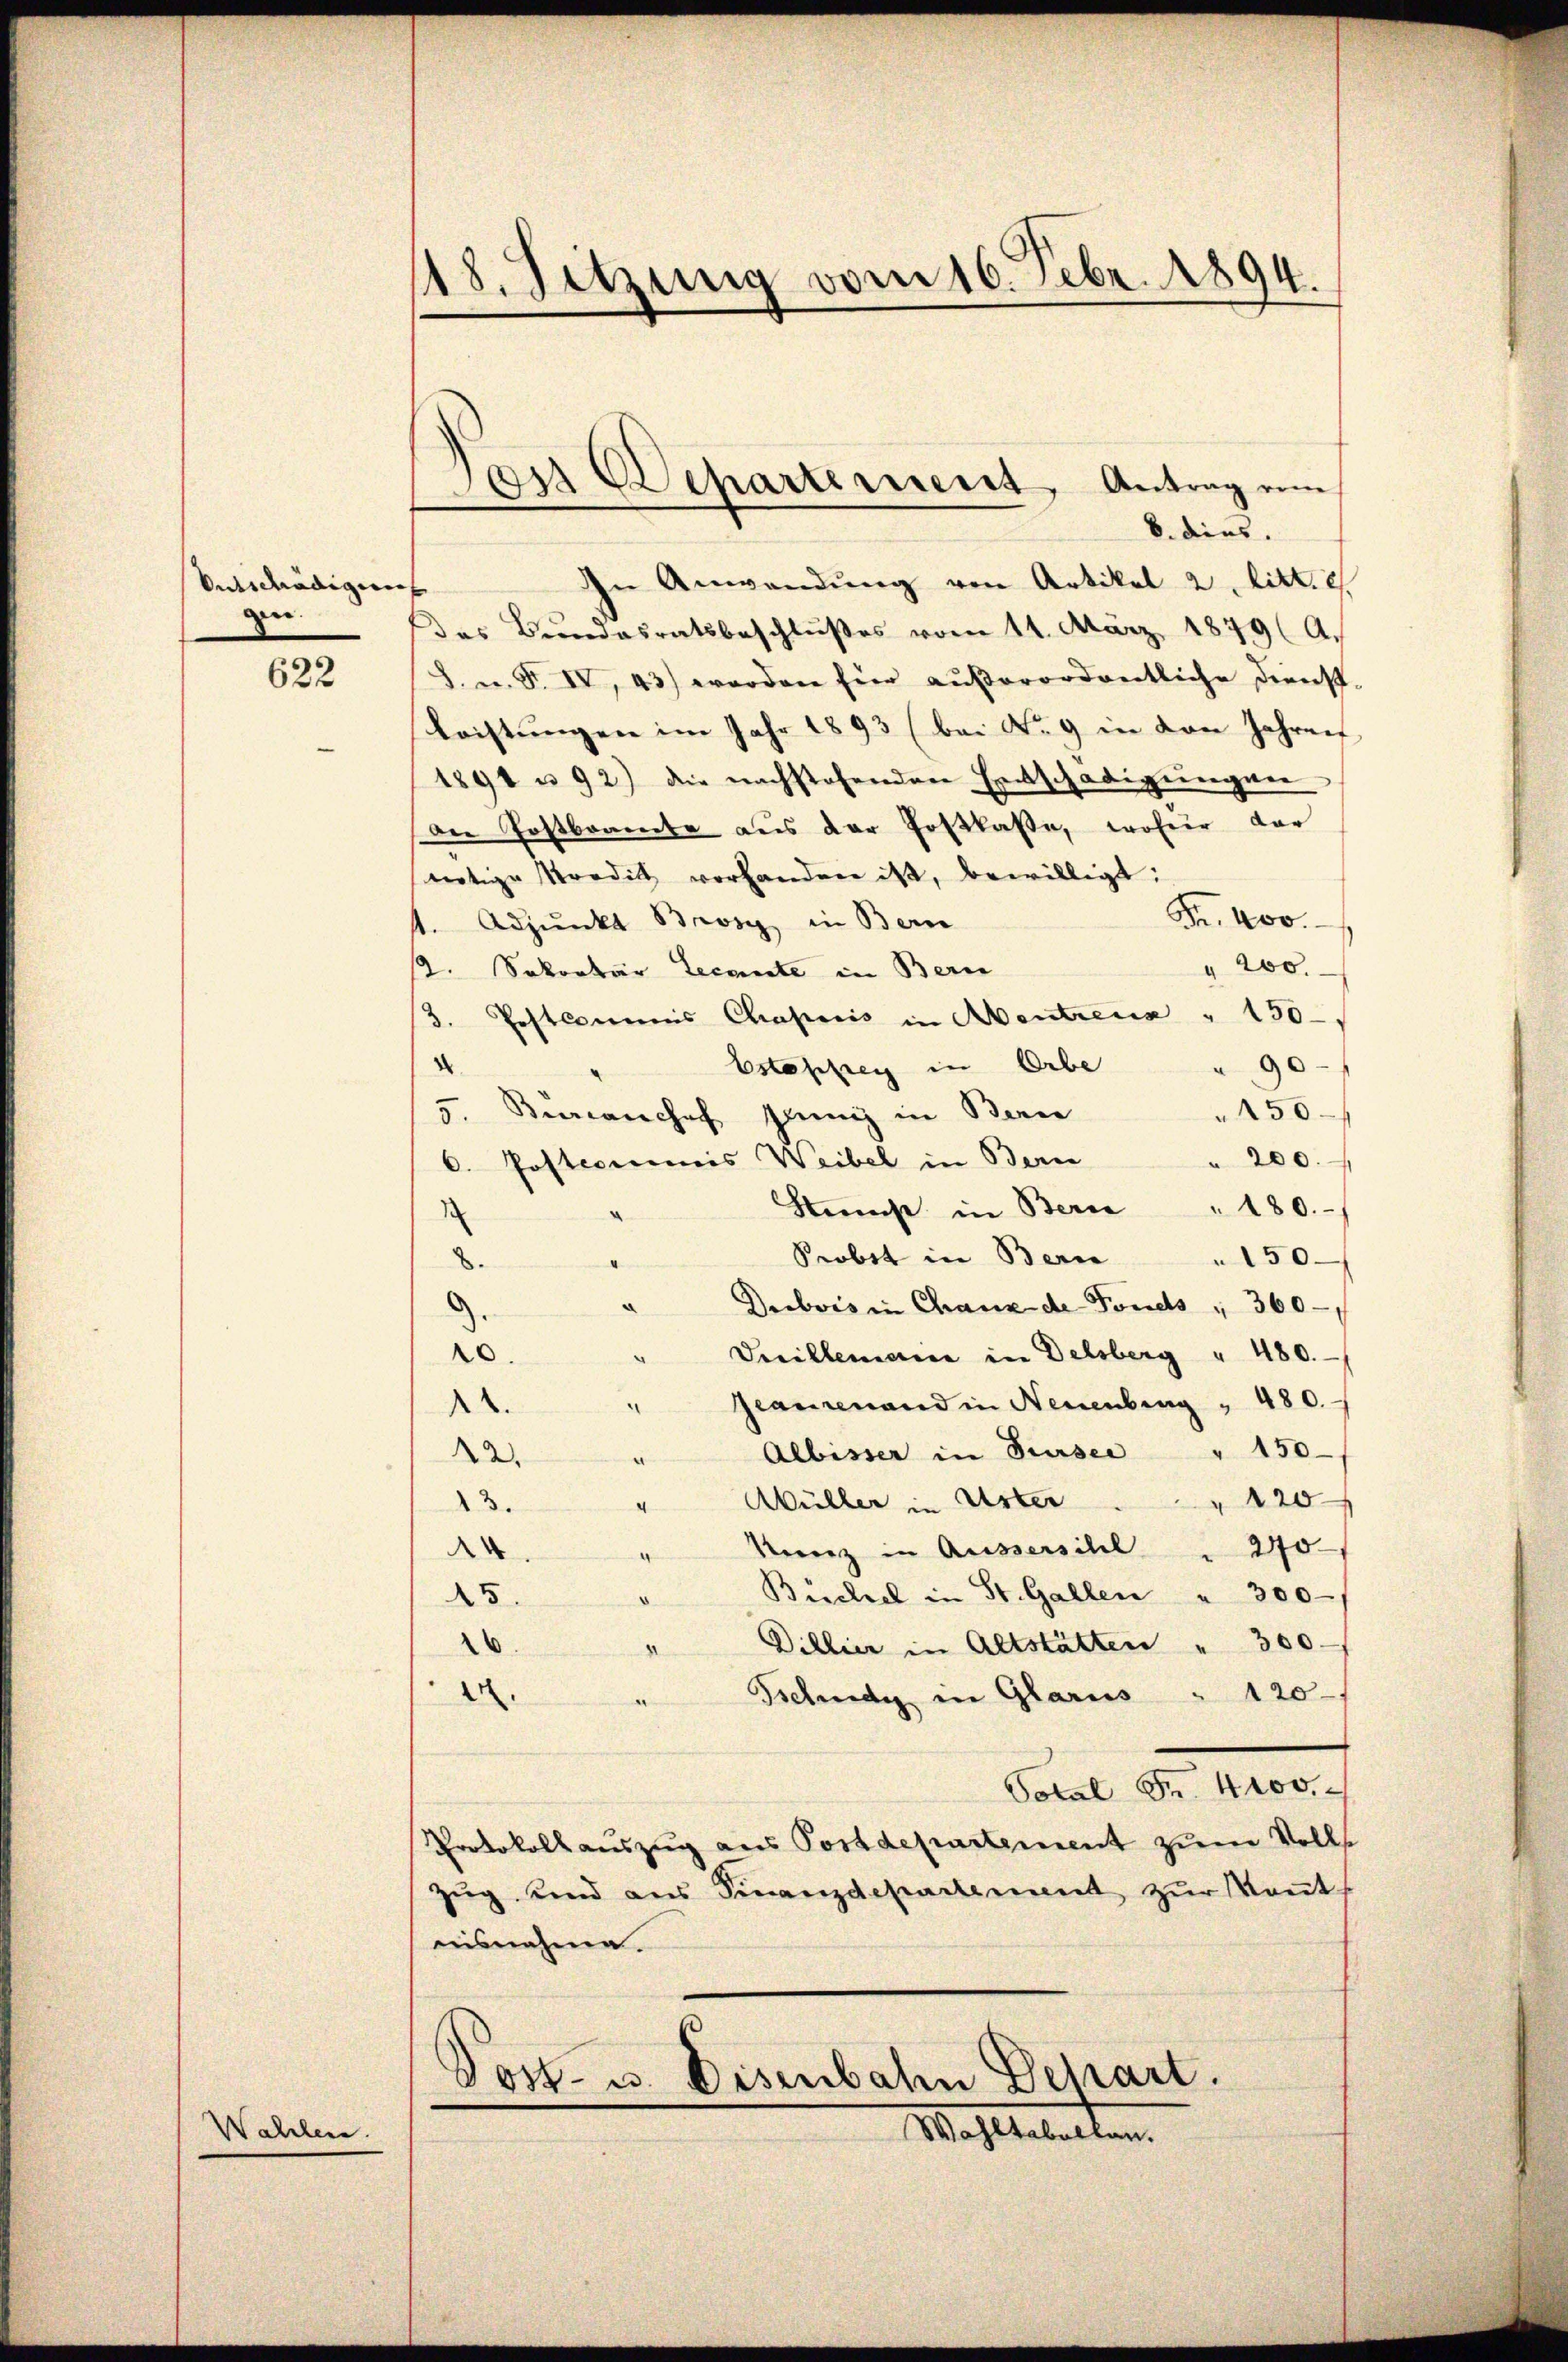
Veicnädigung
gin.

622

Wahlen.

18. Sitzung vom 16. Febr. 1894.

von Separtement, Antrag vom
8. dies.

In Anwendung von Artikel 2. litt. e
das Bundesratsbeschlußes vom 11. März 1879 (A.
8. u. F. IV, 43) worden für außerordentliche Dienst-
Leistungen im Jahr 1893 (bei No 9 in von Jahren
1891 u 92) die nachstehenden Entschädigungen
der Postbrancke aus der Postkasse, woher dar
nötige Tradit vorhanden ist, bewilligt:
Fr. 400.
t. Adjunkt Brosi in Bern
" 200.
12. Sekretär Leemente in Bern
3. Postcommis Chaporis in Abentreue " 150
2
Estopfrey in Erbe
90
250
3. Bianchef jenig in Beri
" 200.
C. Postcommis Weibel in Bern
Stest in Berne " 180.
Probst in Bern 150
.
¬
Dubois in Chanz de Fonds " 360
20.
Vecillemann in Delsberg " 480.
Geaugenand in Neuenburg " 480.
.
Albisser in Sursee " 150
22.
120
Wüller in Uster
13.
270
Kunz in Aussersihl
14.
e
Büchel in St. Gallen " 300
55.
.
Dillier in Altstätten " 300
26.
.
Tschudi in Glarus " 120
e
Total Fr. 4000.
Protokoll auszug aus Postdepartement zum Volls
Zŭg und aus Finanzdepartement zŭr Keṅt-
aisnahme.
Post- u. Eisenbahn Depart.
Wahlbehalten.